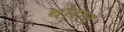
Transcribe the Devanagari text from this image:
थोराने